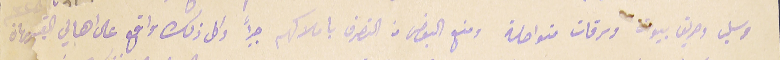
وسلب وحريق بيوت وسرقات متواصلة ومنع البعض من التصرف باملاكهم جبراً وكل ذلك واقع على اهالي القبيات